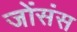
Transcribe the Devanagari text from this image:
जोंसंस